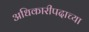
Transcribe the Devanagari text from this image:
अधिकारीपदाच्या